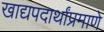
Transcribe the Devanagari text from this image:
खाद्यपदार्थांप्रमाणे